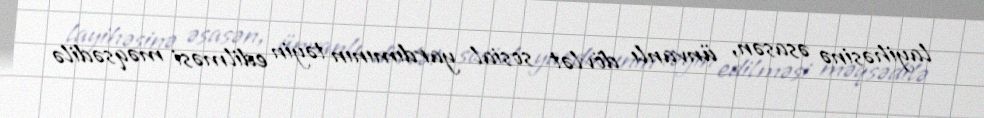
layihəsinə əsasən, ünvanlı dövlət sosial yardımının təyin edilməsi məqsədilə